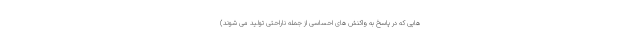
هایی که در پاسخ به واکنش های احساسی از جمله ناراحتی تولید می شوند)